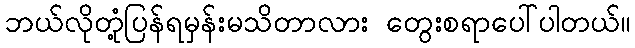
ဘယ်လိုတုံ့ပြန်ရမှန်းမသိတာလား တွေးစရာပေါ်ပါတယ်။